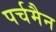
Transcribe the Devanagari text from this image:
पर्चमैन